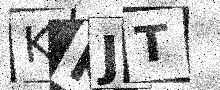
Text: KKJT